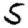
Digit: 5